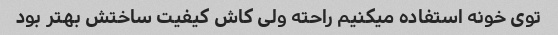
توی خونه استفاده میکنیم راحته ولی کاش کیفیت ساختش بهتر بود